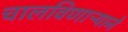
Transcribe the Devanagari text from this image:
चालविणाऱ्याने